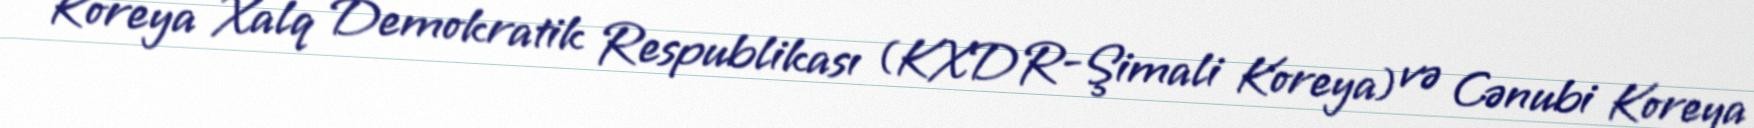
Koreya Xalq Demokratik Respublikası (KXDR-Şimali Koreya) və Cənubi Koreya